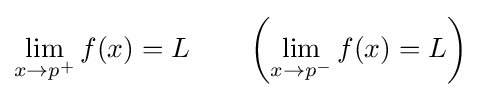
\lim _{x\to p^{+}}{f(x)}=L\qquad \left(\lim _{x\to p^{-}}{f(x)}=L\right)